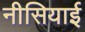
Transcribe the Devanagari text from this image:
नीसियाई